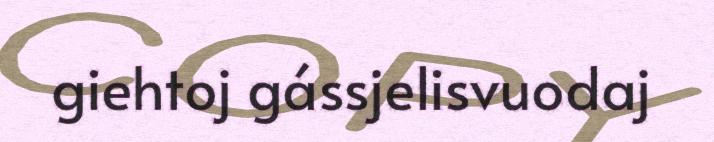
giehtoj gássjelisvuodaj